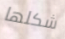
شكلها